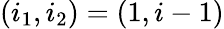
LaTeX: (i_{1},i_{2})=(1,i-1)